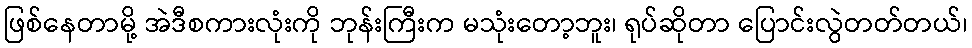
ဖြစ်နေတာမို့ အဲဒီစကားလုံးကို ဘုန်းကြီးက မသုံးတော့ဘူး၊ ရုပ်ဆိုတာ ပြောင်းလွဲတတ်တယ်၊